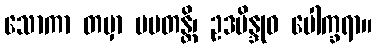
သောကာ တမှာ ပပတန္တိ၊ ဥဒဗိန္ဒုဝ ပေါက္ခရာ။